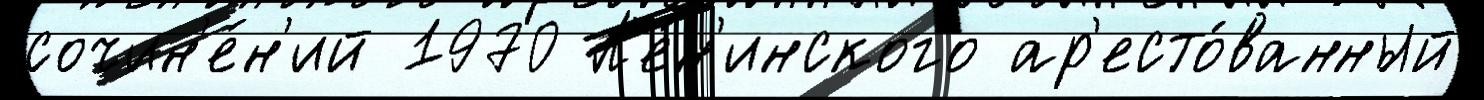
сочин'е́н'ий 1970 Л'е́н'инского ар'есто́ванный